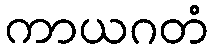
ကာယဂတံ